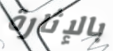
بالإثارة